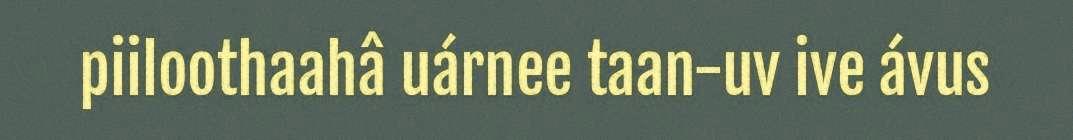
piiloothaahâ uárnee taan-uv ive ávus